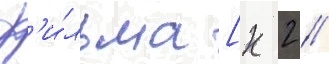
ф'и́льма [к 2 //